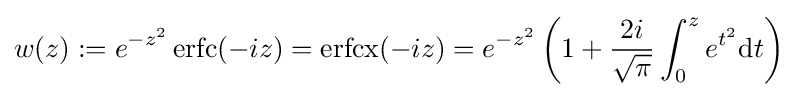
w(z):=e^{-z^{2}}\operatorname {erfc} (-iz)=\operatorname {erfcx} (-iz)=e^{-z^{2}}\left(1+{\frac {2i}{\sqrt {\pi }}}\int _{0}^{z}e^{t^{2}}{\text{d}}t\right)